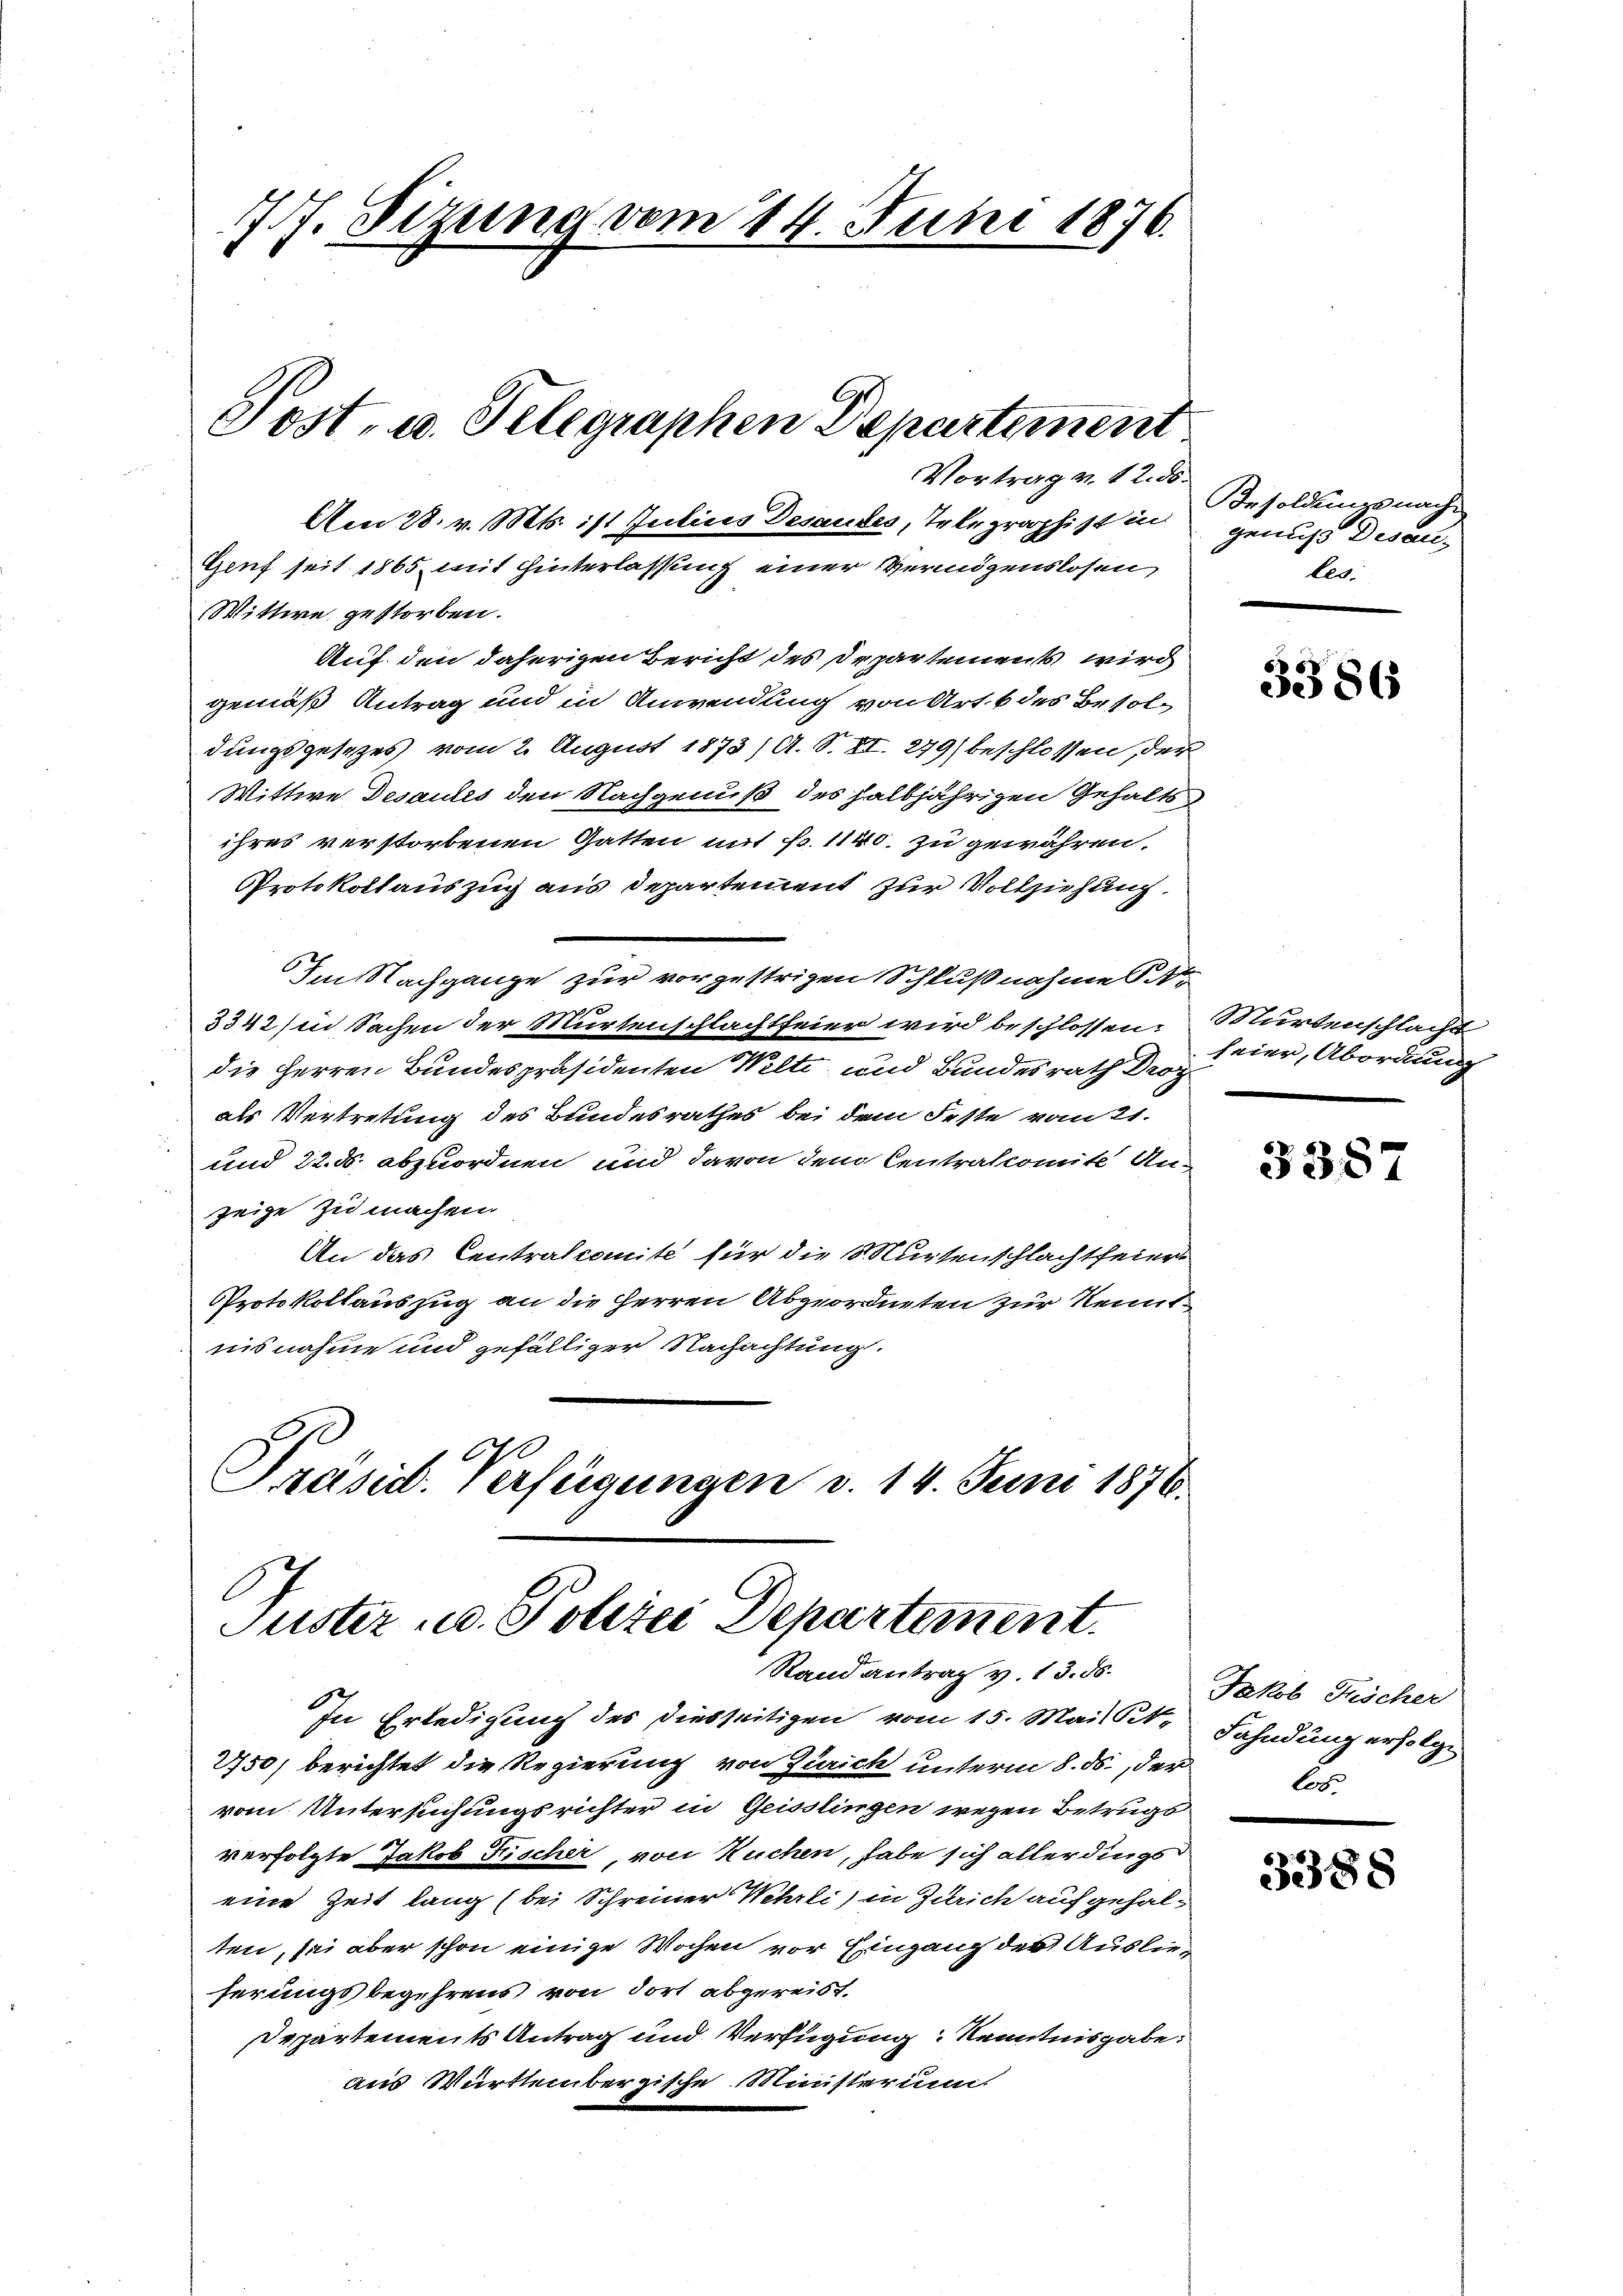
77. Sitzung vom 14. Juni 1876.

Am 28. v. Mts. ist Julius Desaudes, Telegraphist in

Genf seit 1865 mit Hinterlassung einer Vermögenslosen,

Post- u. Telegraphen Departement
Vortrag v. 12. ds.

In Erledigung des diesseitigen vom 15. Mai Sit-
2750) berichtet die Regierung von Zürich unterm 8. ds., der
vom Untersuchungsrichter in Geisslingen wegen Betrugs
verfolgte Jakob Fischer, von Kuchen, habe sich allerdings
eine Zeit lang (bei Schreiner Wehrli) in Zürich aufgehal-
ten, sei aber schon einige Wochen vor Eingang des Auslieserungsbegehrens von dort abgereist.
Departements Antrag und Verfügung Kenntnisgabe.
aus Württembergische Ministerum.

Wittwe gestorben.
Auf den daherigen Bericht des Departements wird
gemäß Antrag und in Anwendung von Art. 6 des Besoldungsgesezes vom 2. August 1873/ A. S. XI. 279) beschlossen, der
Wittwe Desaules den Nachgenuß des halbjährigen Gehalts-
ihres verstorbenen Gatten mit Fr. 1140. zu gewähren,
Protokollauszug aus Departement zur Vollziehung
Im Nachgange zur vorzustrigen Schlußnahme Str
0
3342) in Sachen der Murtenschlachtfeier wird beschlossen Murtenschlande
die Herren Bundespräsidenten Welti und Bundesrath Droz
als Vertretung des Bundesrathes bei dem Feste vom 21.
und 22. ds. abzuordnen und davon dem Centralcomite An-
zeige zu machen.
An das Centralcomite für die S. Wurstenschlachtfeier
Protokollauszug an die Herren Abgeordneten zur Kenntnisnahme und gefälliger Nachachtung.

Präsid. Verfügungen v. 14. Juni 1876.
Puster u. Polizei Departement.
Rand antrag v. 13. ds.

Besoldungsnach
genuss Deseules.

3386

feier, Abordnung

3387

Jakob Fischer
Fahndung erfolge
los

338.